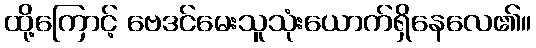
ထို့ကြောင့် ဗေဒင်မေးသူသုံးယောက်ရှိနေလေ၏။